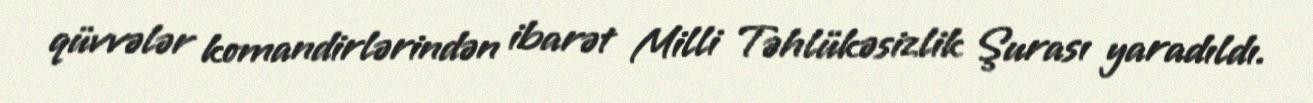
qüvvələr komandirlərindən ibarət Milli Təhlükəsizlik Şurası yaradıldı.